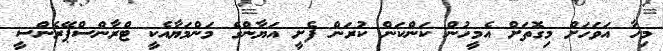
މިހާ އަވަހަށް މިގޮތަށް އެމީހުން ކަންކަން ކުރަން ފެށީ އަޔާންގެ މަންމަޔާއެކީ ޓްރާންސްޕޭރެންސީ